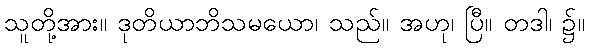
သူတို့အား။ ဒုတိယာဘိသမယော၊ သည်။ အဟု၊ ပြီ။ တဒါ၊ ၌။